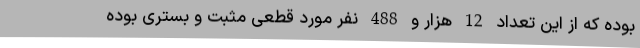
بوده که از این تعداد 12 هزار و 488 نفر مورد قطعی مثبت و بستری بوده